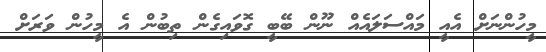
މީހުންނަށް އެއީ މައްސަލައެއް ނޫން ބޭބީ ގޮވައިގެން ތިބުން އެ މީހުން ވަރަށް